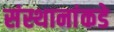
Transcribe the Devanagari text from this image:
संस्थानांकडे